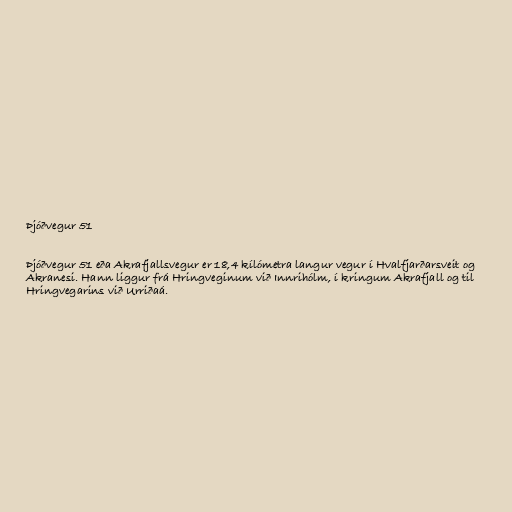
Þjóðvegur 51

Þjóðvegur 51 eða Akrafjallsvegur er 18,4 kílómetra langur vegur í Hvalfjarðarsveit og
Akranesi. Hann liggur frá Hringveginum við Innrihólm, í kringum Akrafjall og til
Hringvegarins við Urriðaá.